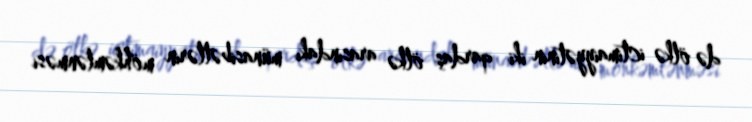
də ölkə ictimaiyyətinin iki qardaş ölkə arasındakı münasibətlərin möhkəmlənməsi